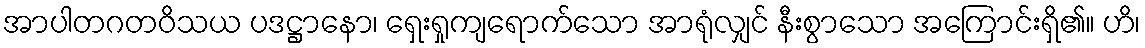
အာပါတဂတဝိသယ ပဒဋ္ဌာနော၊ ရှေးရှုကျရောက်သော အာရုံလျှင် နီးစွာသော အကြောင်းရှိ၏။ ဟိ၊